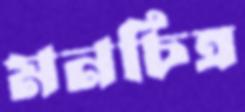
মনচিত্র